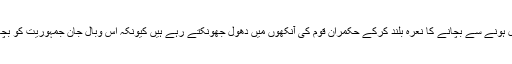
پاکستان میں جان لیواجمہوریت کو ڈی اریل ہونے سے بچانے کا نعرہ بلند کرکے حکمران قوم کی آنکھوں میں دھول جھونکتے رہے ہیں کیونکہ اس وبال جان جمہوریت کو بچاتے بچاتے قوم کا بھر کس نکل چکا ہے ۔